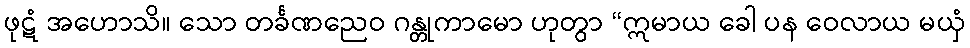
ဖုဋံ အဟောသိ။ သော တင်္ခဏညေဝ ဂန္တုကာမော ဟုတွာ “ဣမာယ ခေါ ပန ဝေလာယ မယှံ